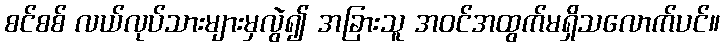
စင်စစ် လယ်လုပ်သားများမှလွဲ၍ အခြားသူ အဝင်အထွက်မရှိသလောက်ပင်။